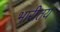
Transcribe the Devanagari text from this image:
भारीतय